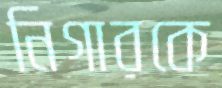
নিগারকে